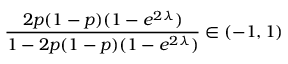
\frac { 2 p ( 1 - p ) ( 1 - e ^ { 2 \lambda } ) } { 1 - 2 p ( 1 - p ) ( 1 - e ^ { 2 \lambda } ) } \in ( - 1 , 1 )